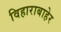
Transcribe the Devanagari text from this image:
विहाराबाहेर